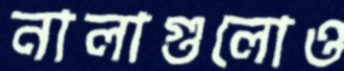
নালাগুলোও